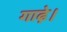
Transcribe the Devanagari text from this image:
गाढ़े।